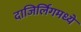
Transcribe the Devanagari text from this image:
दाजिर्लिंगमध्ये